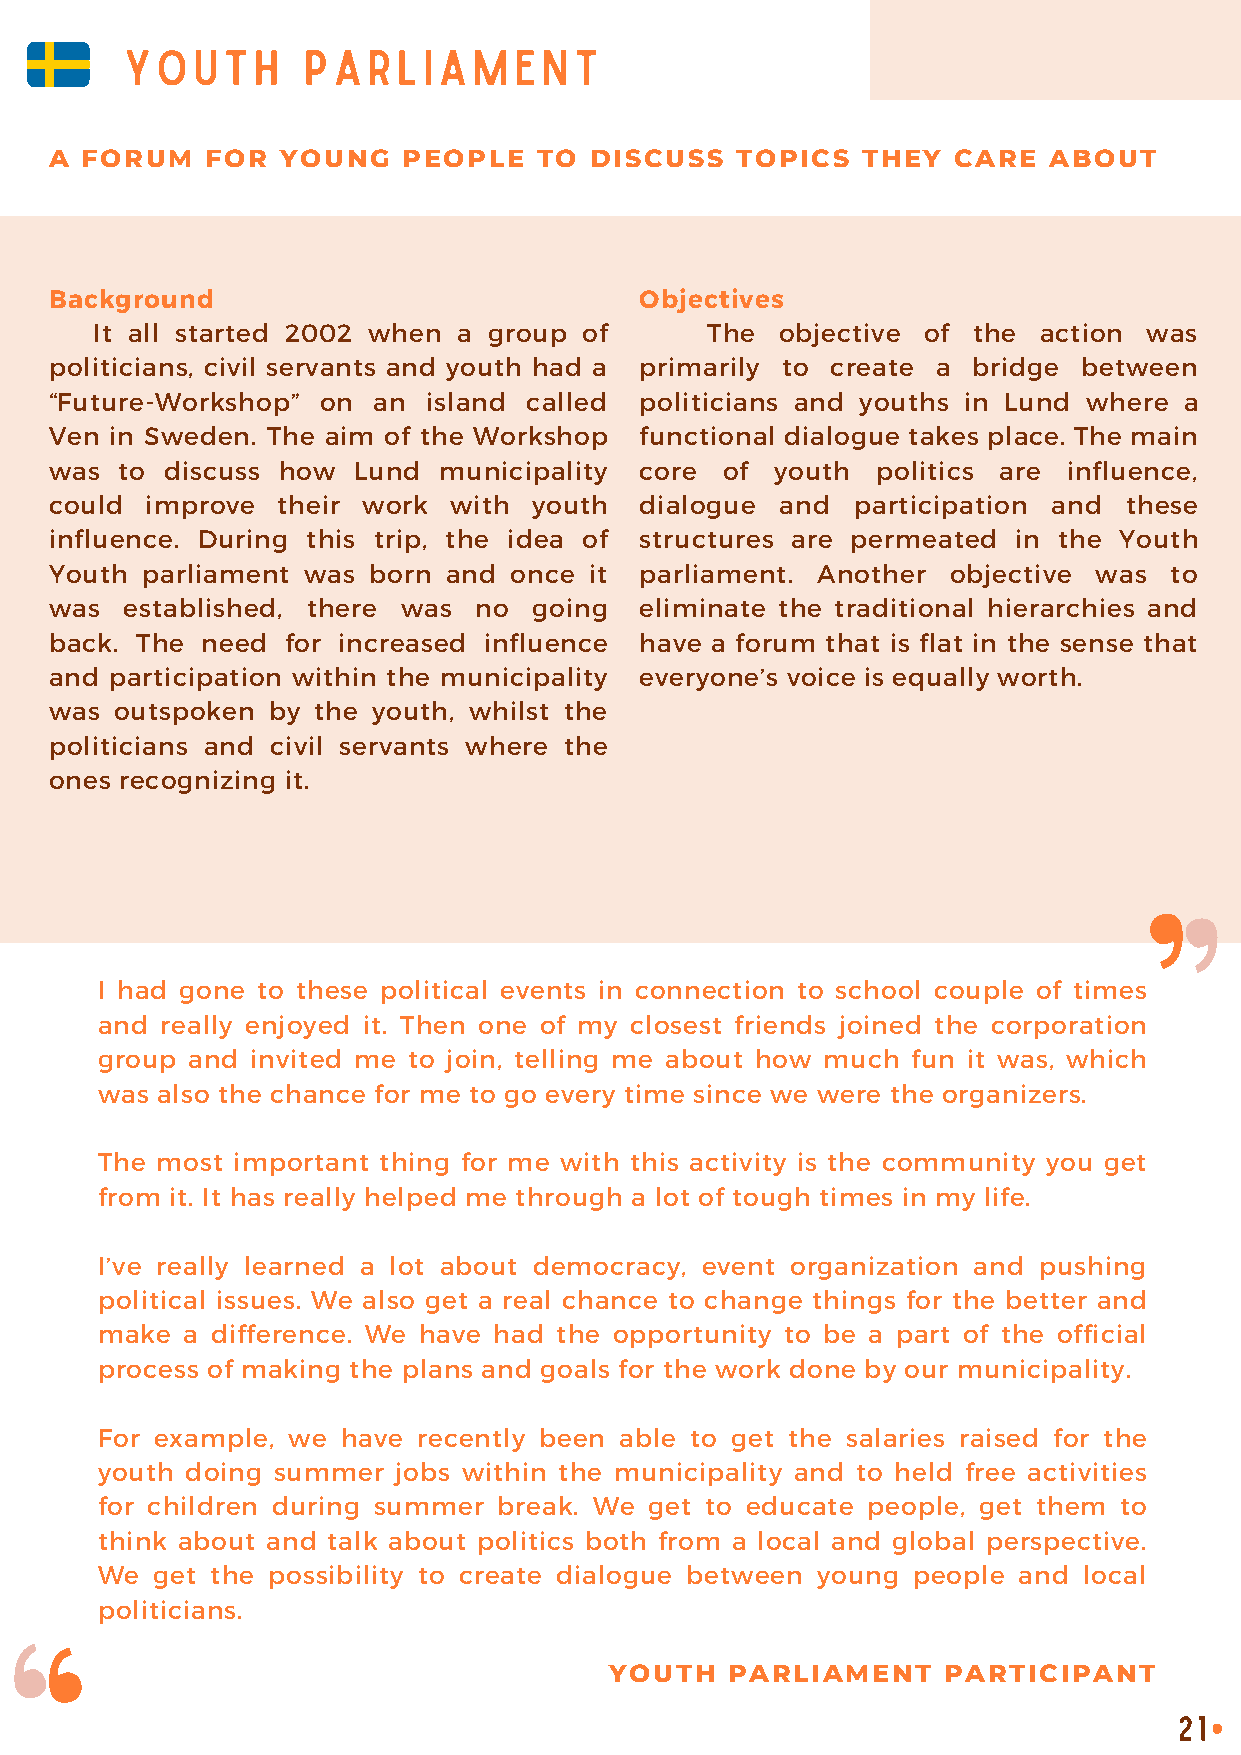
YOUTH       PARLIAMENT
 A FORUM    FOR  YOUNG   PEOPLE   TO DISCUSS   TOPICS  THEY  CARE  ABOUT
 Background                             Objectives
 It all started 2002 when a group of      The  objective of the action was
 politicians, civil servants and youth had a primarily to create a bridge between
 “Future-Workshop” on  an island called politicians and youths in Lund where a
 Ven in Sweden. The aim of the Workshop functional dialogue takes place. The main
 was  to discuss how Lund  municipality core  of youth  politics are influence,
 could  improve their work  with youth  dialogue  and  participation and these
 influence. During this trip, the idea of structures are permeated in the Youth
 Youth parliament was born and  once it parliament. Another  objective was to
 was  established, there was no  going  eliminate the traditional hierarchies and
 back. The need  for increased influence have a forum that is flat in the sense that
 and participation within the municipality everyone’s voice is equally worth.
 was  outspoken by the youth, whilst the
 politicians and civil servants where the
 ones recognizing it.
 I had gone to these political events in connection to school couple of times
 and  really enjoyed it. Then one of my closest friends joined the corporation
 group and  invited me to join, telling me about how much fun it was, which
 was also the chance for me to go every time since we were the organizers.
 The most important thing for me with this activity is the community you get
 from it. It has really helped me through a lot of tough times in my life.
 I’ve really learned a lot about democracy, event organization and pushing
 political issues. We also get a real chance to change things for the better and
 make  a difference. We have had the opportunity to be a part of the official
 process of making the plans and goals for the work done by our municipality.
 For example, we  have recently been able to get the salaries raised for the
 youth doing summer  jobs within the municipality and to held free activities
 for children during summer break. We get to educate people, get them to
 think about and talk about politics both from a local and global perspective.
 We  get the possibility to create dialogue between young people and local
 politicians.
 YOUTH   PARLIAMENT    PARTICIPANT
 21
 •